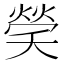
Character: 𤌡